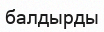
балдырды